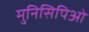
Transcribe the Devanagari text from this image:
मुनिसिपिओ